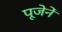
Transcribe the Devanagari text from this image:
पूजेनें